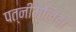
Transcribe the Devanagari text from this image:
पत्नीमेलिंडा